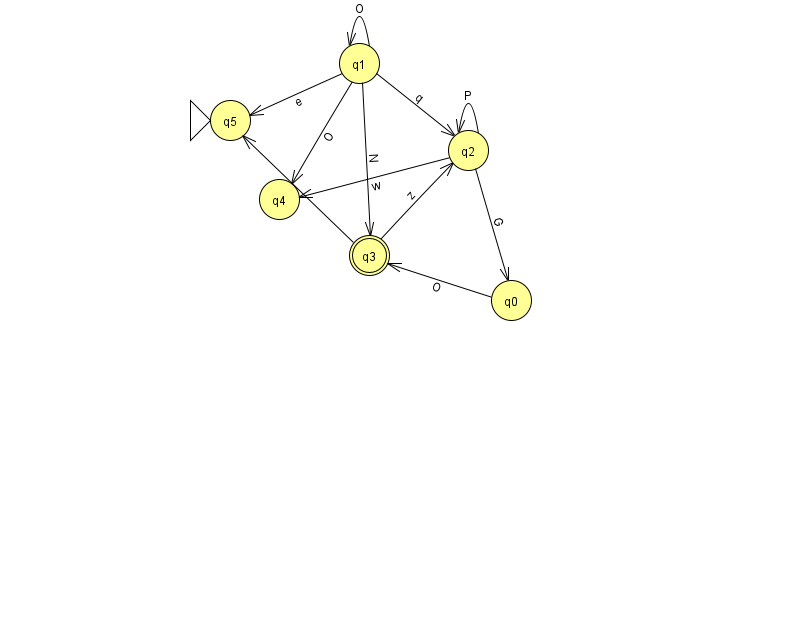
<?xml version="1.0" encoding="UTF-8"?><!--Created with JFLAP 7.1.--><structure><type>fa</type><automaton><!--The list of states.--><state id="0" name="q0"><x>511.0</x><y>287.0</y></state><state id="1" name="q1"><x>359.0</x><y>50.0</y></state><state id="2" name="q2"><x>468.0</x><y>137.0</y></state><state id="3" name="q3"><x>369.0</x><y>242.0</y><final/></state><state id="4" name="q4"><x>279.0</x><y>186.0</y></state><state id="5" name="q5"><x>230.0</x><y>107.0</y><initial/></state><!--The list of transitions.--><transition><from>2</from><to>2</to><read>P</read></transition><transition><from>3</from><to>5</to><read>U</read></transition><transition><from>2</from><to>0</to><read>G</read></transition><transition><from>1</from><to>3</to><read>N</read></transition><transition><from>1</from><to>4</to><read>O</read></transition><transition><from>2</from><to>4</to><read>w</read></transition><transition><from>3</from><to>2</to><read>z</read></transition><transition><from>0</from><to>3</to><read>O</read></transition><transition><from>1</from><to>2</to><read>q</read></transition><transition><from>1</from><to>5</to><read>e</read></transition><transition><from>1</from><to>1</to><read>O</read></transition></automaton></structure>